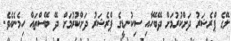
ލޭގެ ޕްރެޝަރު ދަށްކުރުމަށް ދޭބޭހާއި ސިކުނޑީގެ ޕްރެޝަރު ދަށްކުރުމަށް ދޭ ބޭސްތައް ހިމެނެއެވެ.